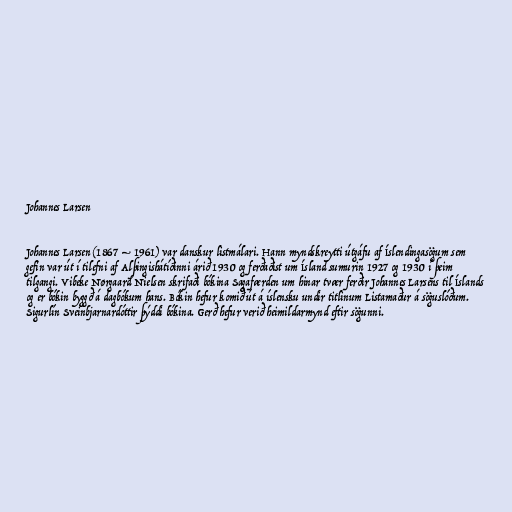
Johannes Larsen

Johannes Larsen (1867 – 1961) var danskur listmálari. Hann myndskreytti útgáfu af Íslendingasögum sem
gefin var út í tilefni af Alþingishátíðinni árið 1930 og ferðaðist um Ísland sumurin 1927 og 1930 í þeim
tilgangi. Vibeke Nørgaard Nielsen skrifaði bókina Sagafærden um hinar tvær ferðir Johannes Larsens til Íslands
og er bókin byggð á dagbókum hans. Bókin hefur komið út á íslensku undir titlinum Listamaður á söguslóðum.
Sigurlín Sveinbjarnardóttir þýddi bókina. Gerð hefur verið heimildarmynd eftir sögunni.